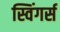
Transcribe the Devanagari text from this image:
स्विंगर्स